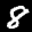
Label: 8